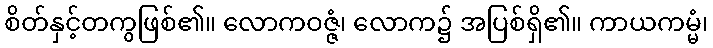
စိတ်နှင့်တကွဖြစ်၏။ လောကဝဇ္ဇံ၊ လောက၌ အပြစ်ရှိ၏။ ကာယကမ္မံ၊